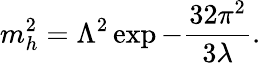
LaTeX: m_{h}^{2}=\Lambda^{2}\exp-{\frac{32\pi^{2}}{3\lambda}}.